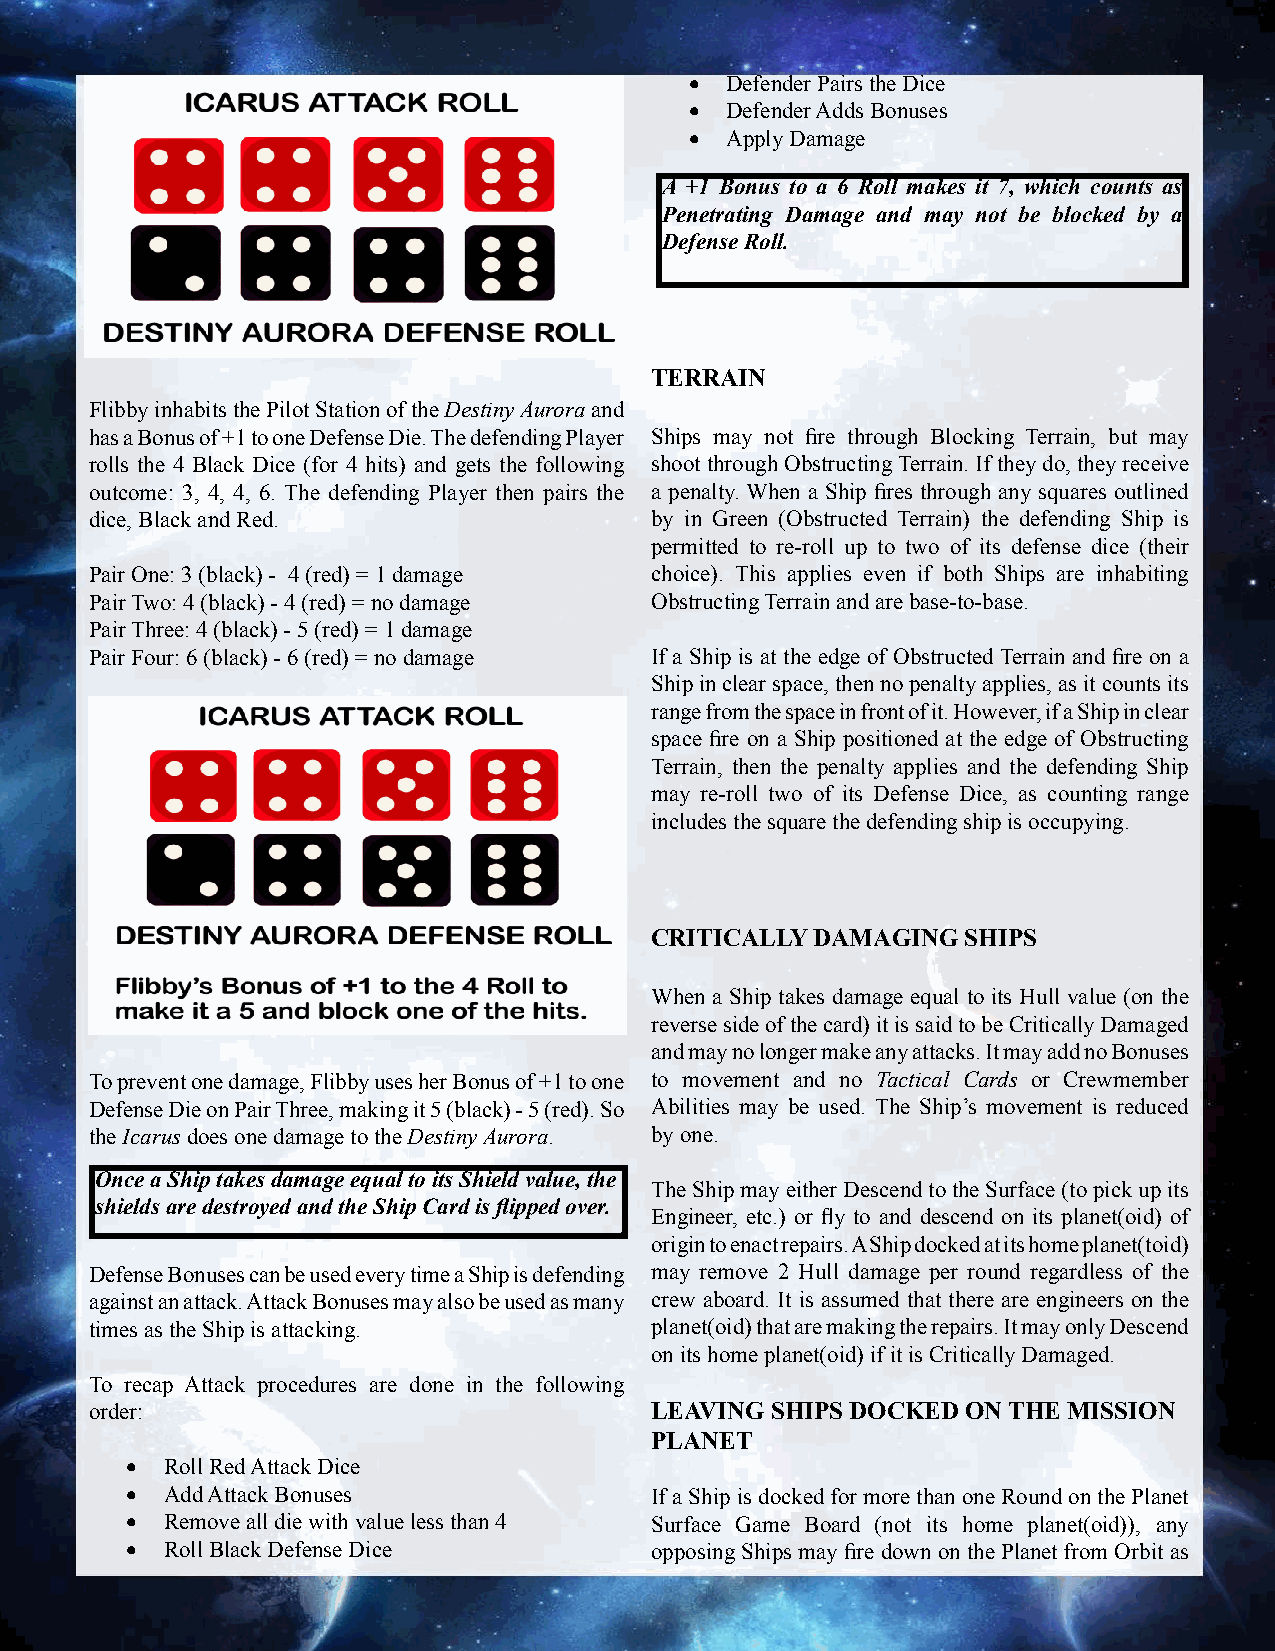
• Defender Pairs the Dice
 • Defender Adds Bonuses
 • Apply Damage
 A +1 Bonus to a 6 Roll makes it 7, which counts as
 Penetrating Damage and may not be blocked by a
 Defense Roll.
 TERRAIN
 Flibby inhabits the Pilot Station of the Destiny Aurora and
 has a Bonus of +1 to one Defense Die. The defending Player Ships may not fi re through Blocking Terrain, but may
 rolls the 4 Black Dice (for 4 hits) and gets the following shoot through Obstructing Terrain. If they do, they receive
 outcome: 3, 4, 4, 6. The defending Player then pairs the a penalty. When a Ship fi res through any squares outlined
 dice, Black and Red.                 by in Green (Obstructed Terrain) the defending Ship is
 permitted to re-roll up to two of its defense dice (their
 Pair One: 3 (black) - 4 (red) = 1 damage choice). This applies even if both Ships are inhabiting
 Pair Two: 4 (black) - 4 (red) = no damage Obstructing Terrain and are base-to-base.
 Pair Three: 4 (black) - 5 (red) = 1 damage
 Pair Four: 6 (black) - 6 (red) = no damage If a Ship is at the edge of Obstructed Terrain and fi re on a
 Ship in clear space, then no penalty applies, as it counts its
 range from the space in front of it. However, if a Ship in clear
 space fi re on a Ship positioned at the edge of Obstructing
 Terrain, then the penalty applies and the defending Ship
 may re-roll two of its Defense Dice, as counting range
 includes the square the defending ship is occupying.
 CRITICALLY DAMAGING  SHIPS
 When a Ship takes damage equal to its Hull value (on the
 reverse side of the card) it is said to be Critically Damaged
 and may no longer make any attacks. It may add no Bonuses
 To prevent one damage, Flibby uses her Bonus of +1 to one to movement and no Tactical Cards or Crewmember
 Defense Die on Pair Three, making it 5 (black) - 5 (red). So Abilities may be used. The Ship’s movement is reduced
 the Icarus does one damage to the Destiny Aurora. by one.
 Once a Ship takes damage equal to its Shield value, the
 The Ship may either Descend to the Surface (to pick up its
 shields are destroyed and the Ship Card is fl ipped over.
 Engineer, etc.) or fl y to and descend on its planet(oid) of
 origin to enact repairs. A Ship docked at its home planet(toid)
 Defense Bonuses can be used every time a Ship is defending may remove 2 Hull damage per round regardless of the
 against an attack. Attack Bonuses may also be used as many crew aboard. It is assumed that there are engineers on the
 times as the Ship is attacking.      planet(oid) that are making the repairs. It may only Descend
 on its home planet(oid) if it is Critically Damaged.
 To recap Attack procedures are done in the following
 order:                               LEAVING SHIPS DOCKED ON THE MISSION
 PLANET
 •  Roll Red Attack Dice
 •  Add Attack Bonuses              If a Ship is docked for more than one Round on the Planet
 •  Remove all die with value less than 4 Surface Game Board (not its home planet(oid)), any
 •  Roll Black Defense Dice         opposing Ships may fi re down on the Planet from Orbit as